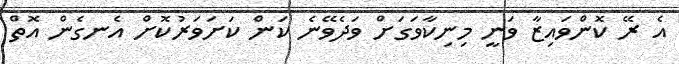
އެ ރޭ ކޮންވައިޒާ ވަނީ މިނިކާވަގަށް ވަދެވޭނެ ކަން ކަށަވަރުކޮށް އެނގެން އޮތް